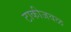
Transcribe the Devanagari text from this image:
टाकीजवळ